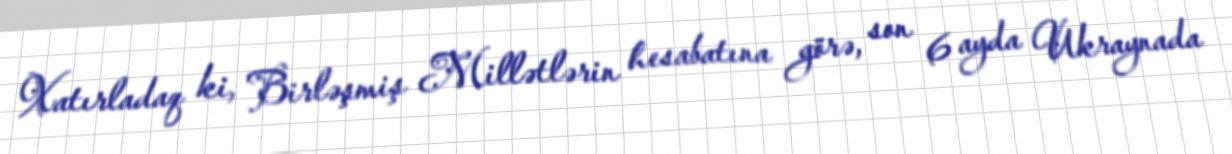
Xatırladaq ki, Birləşmiş Millətlərin hesabatına görə, son 6 ayda Ukraynada